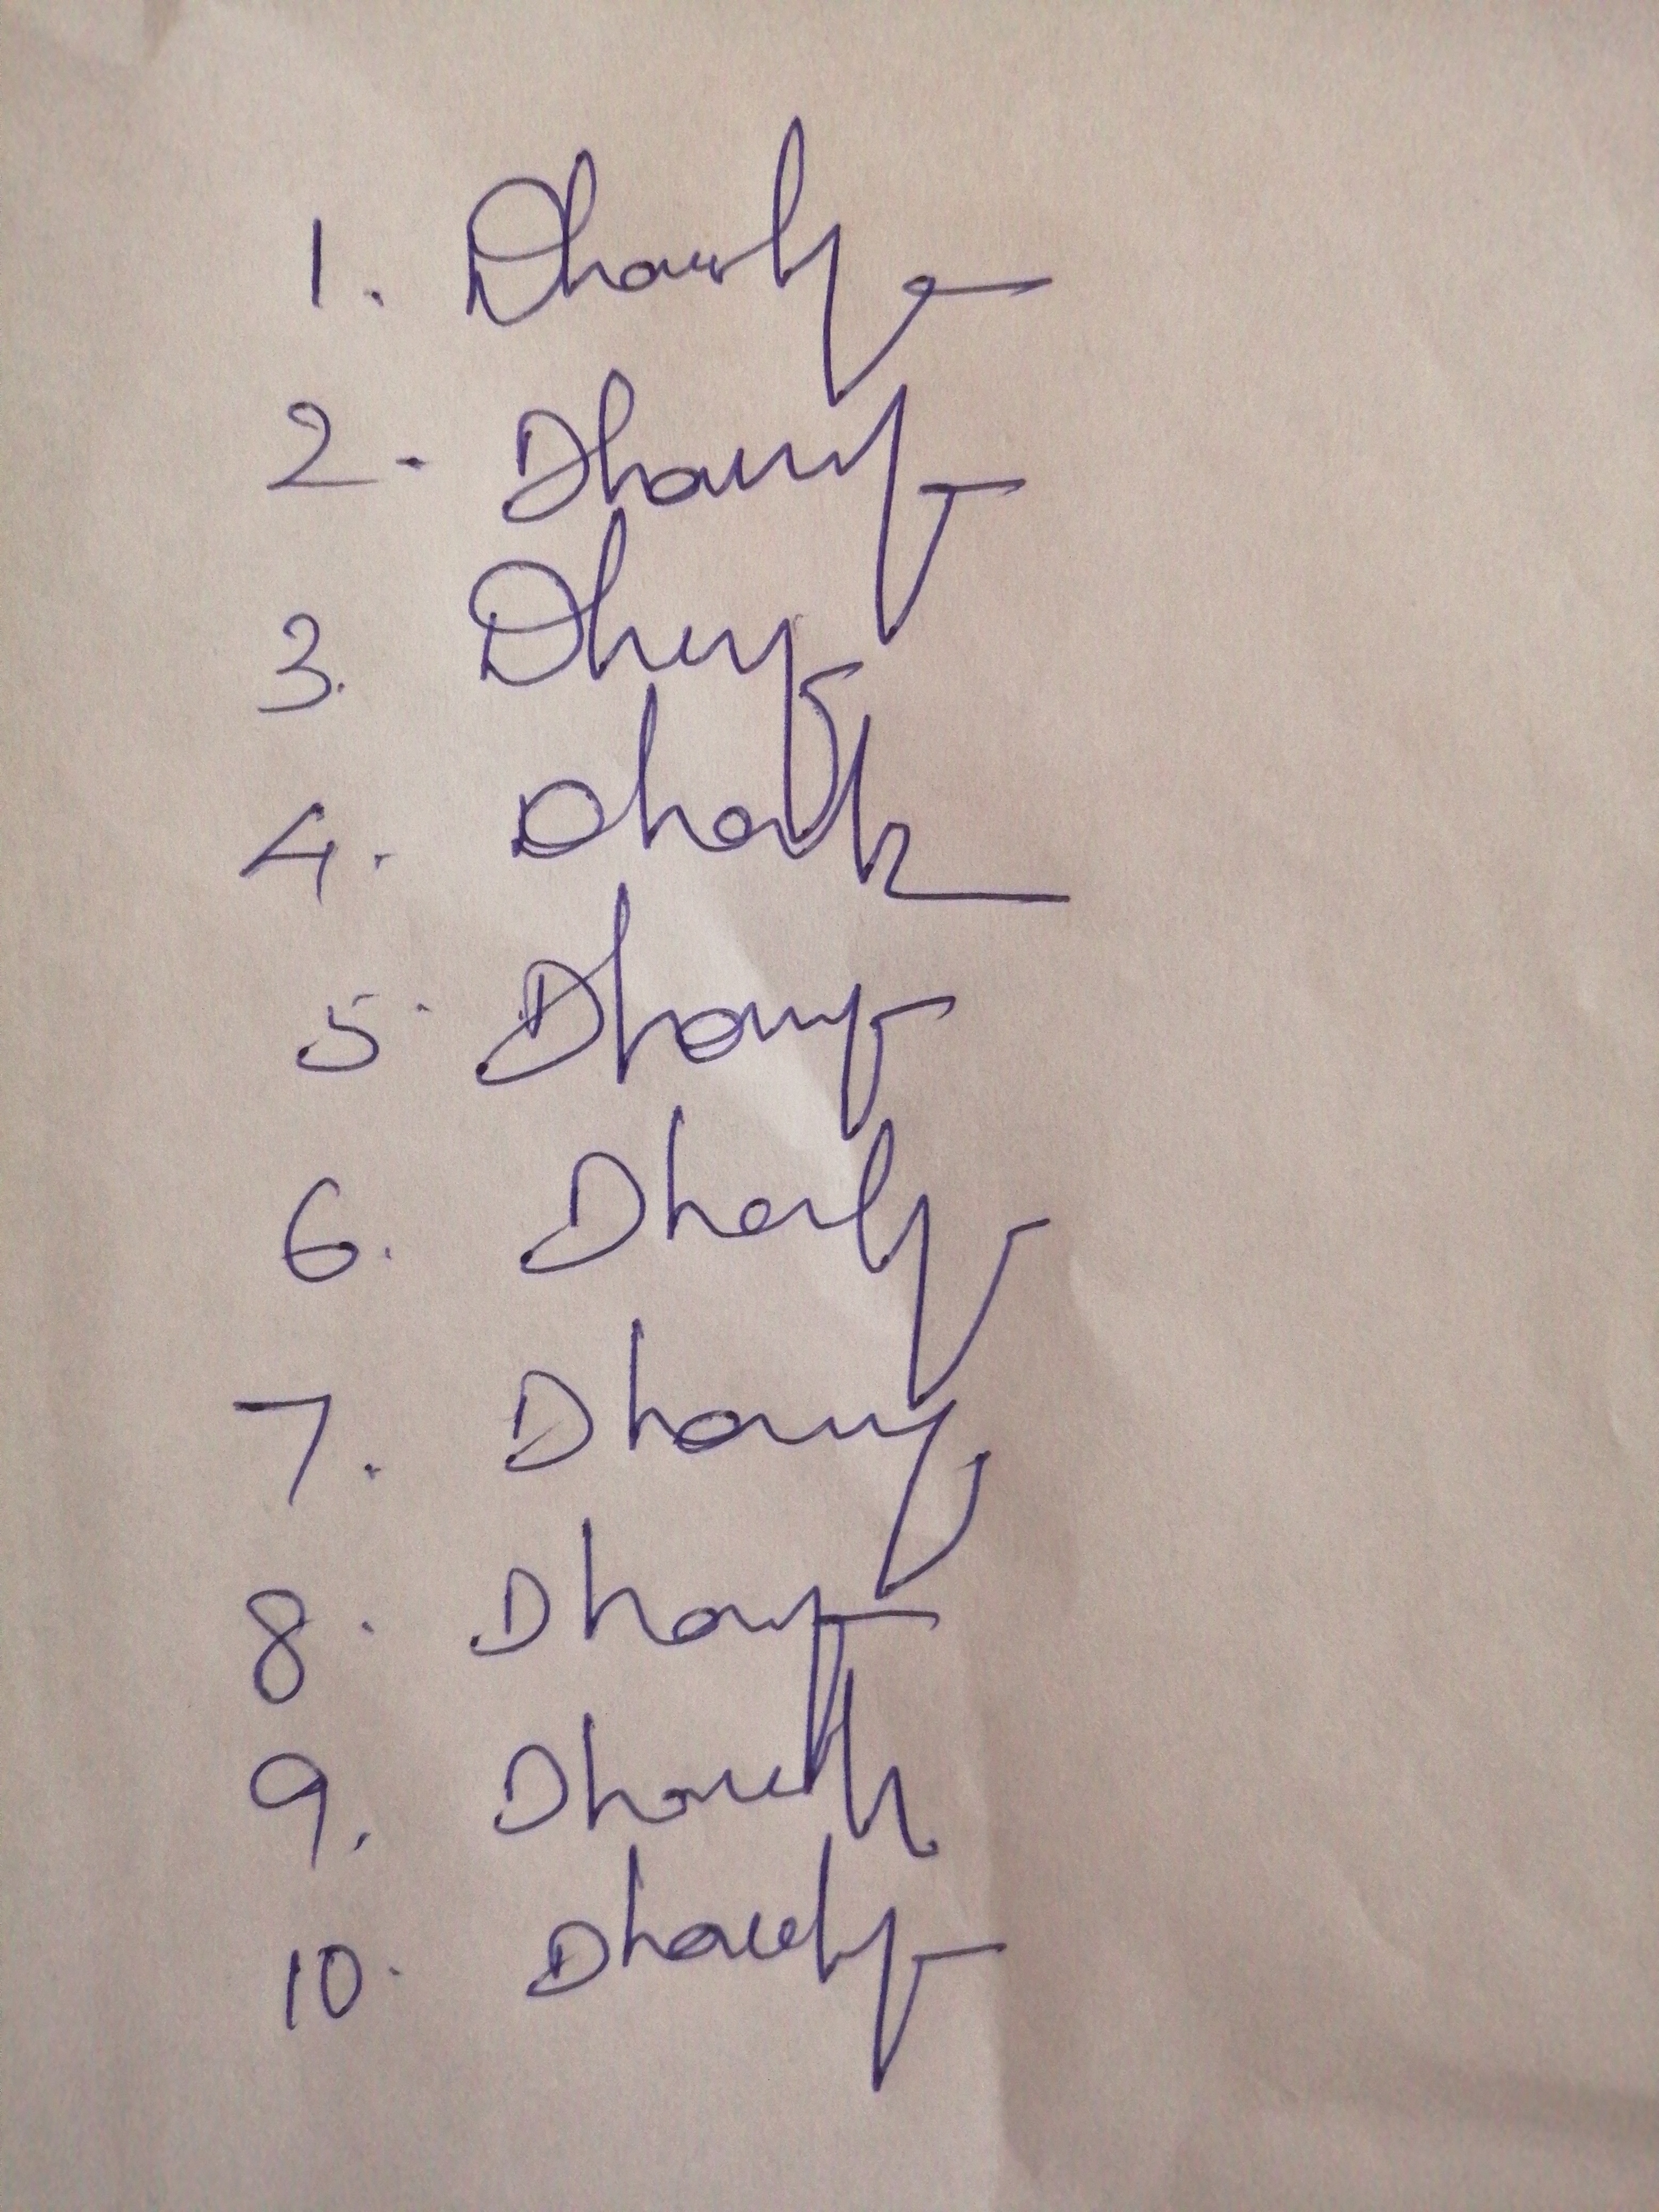
Signature authenticity: genuine